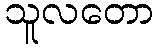
သူလတော